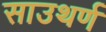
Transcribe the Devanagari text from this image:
साउथर्ण